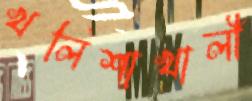
খলিশাখালী